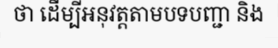
ថា ដើម្បីអនុវត្តតាមបទបញ្ជា និង